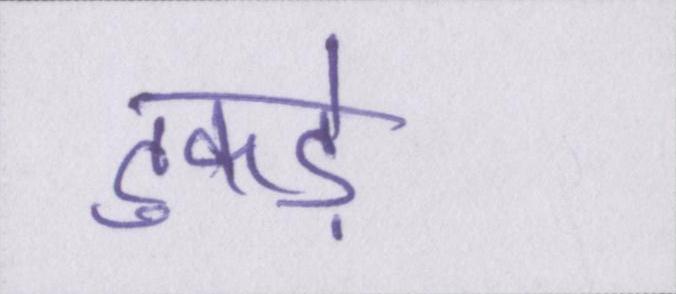
टुकड़े